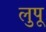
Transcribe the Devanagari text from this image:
लुपू